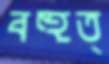
বহুত্